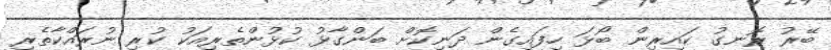
ބޭރު ރޮނގު ކައިރިން ބޯޅަ ހިފައިގެން ދަނިކޮށް ބަންގާޅު ކުޅުންތެރިއަކު ކުރި ނުރައްކާތެރި